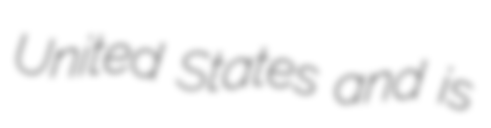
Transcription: United States and is